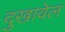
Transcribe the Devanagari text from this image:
दुखावेल